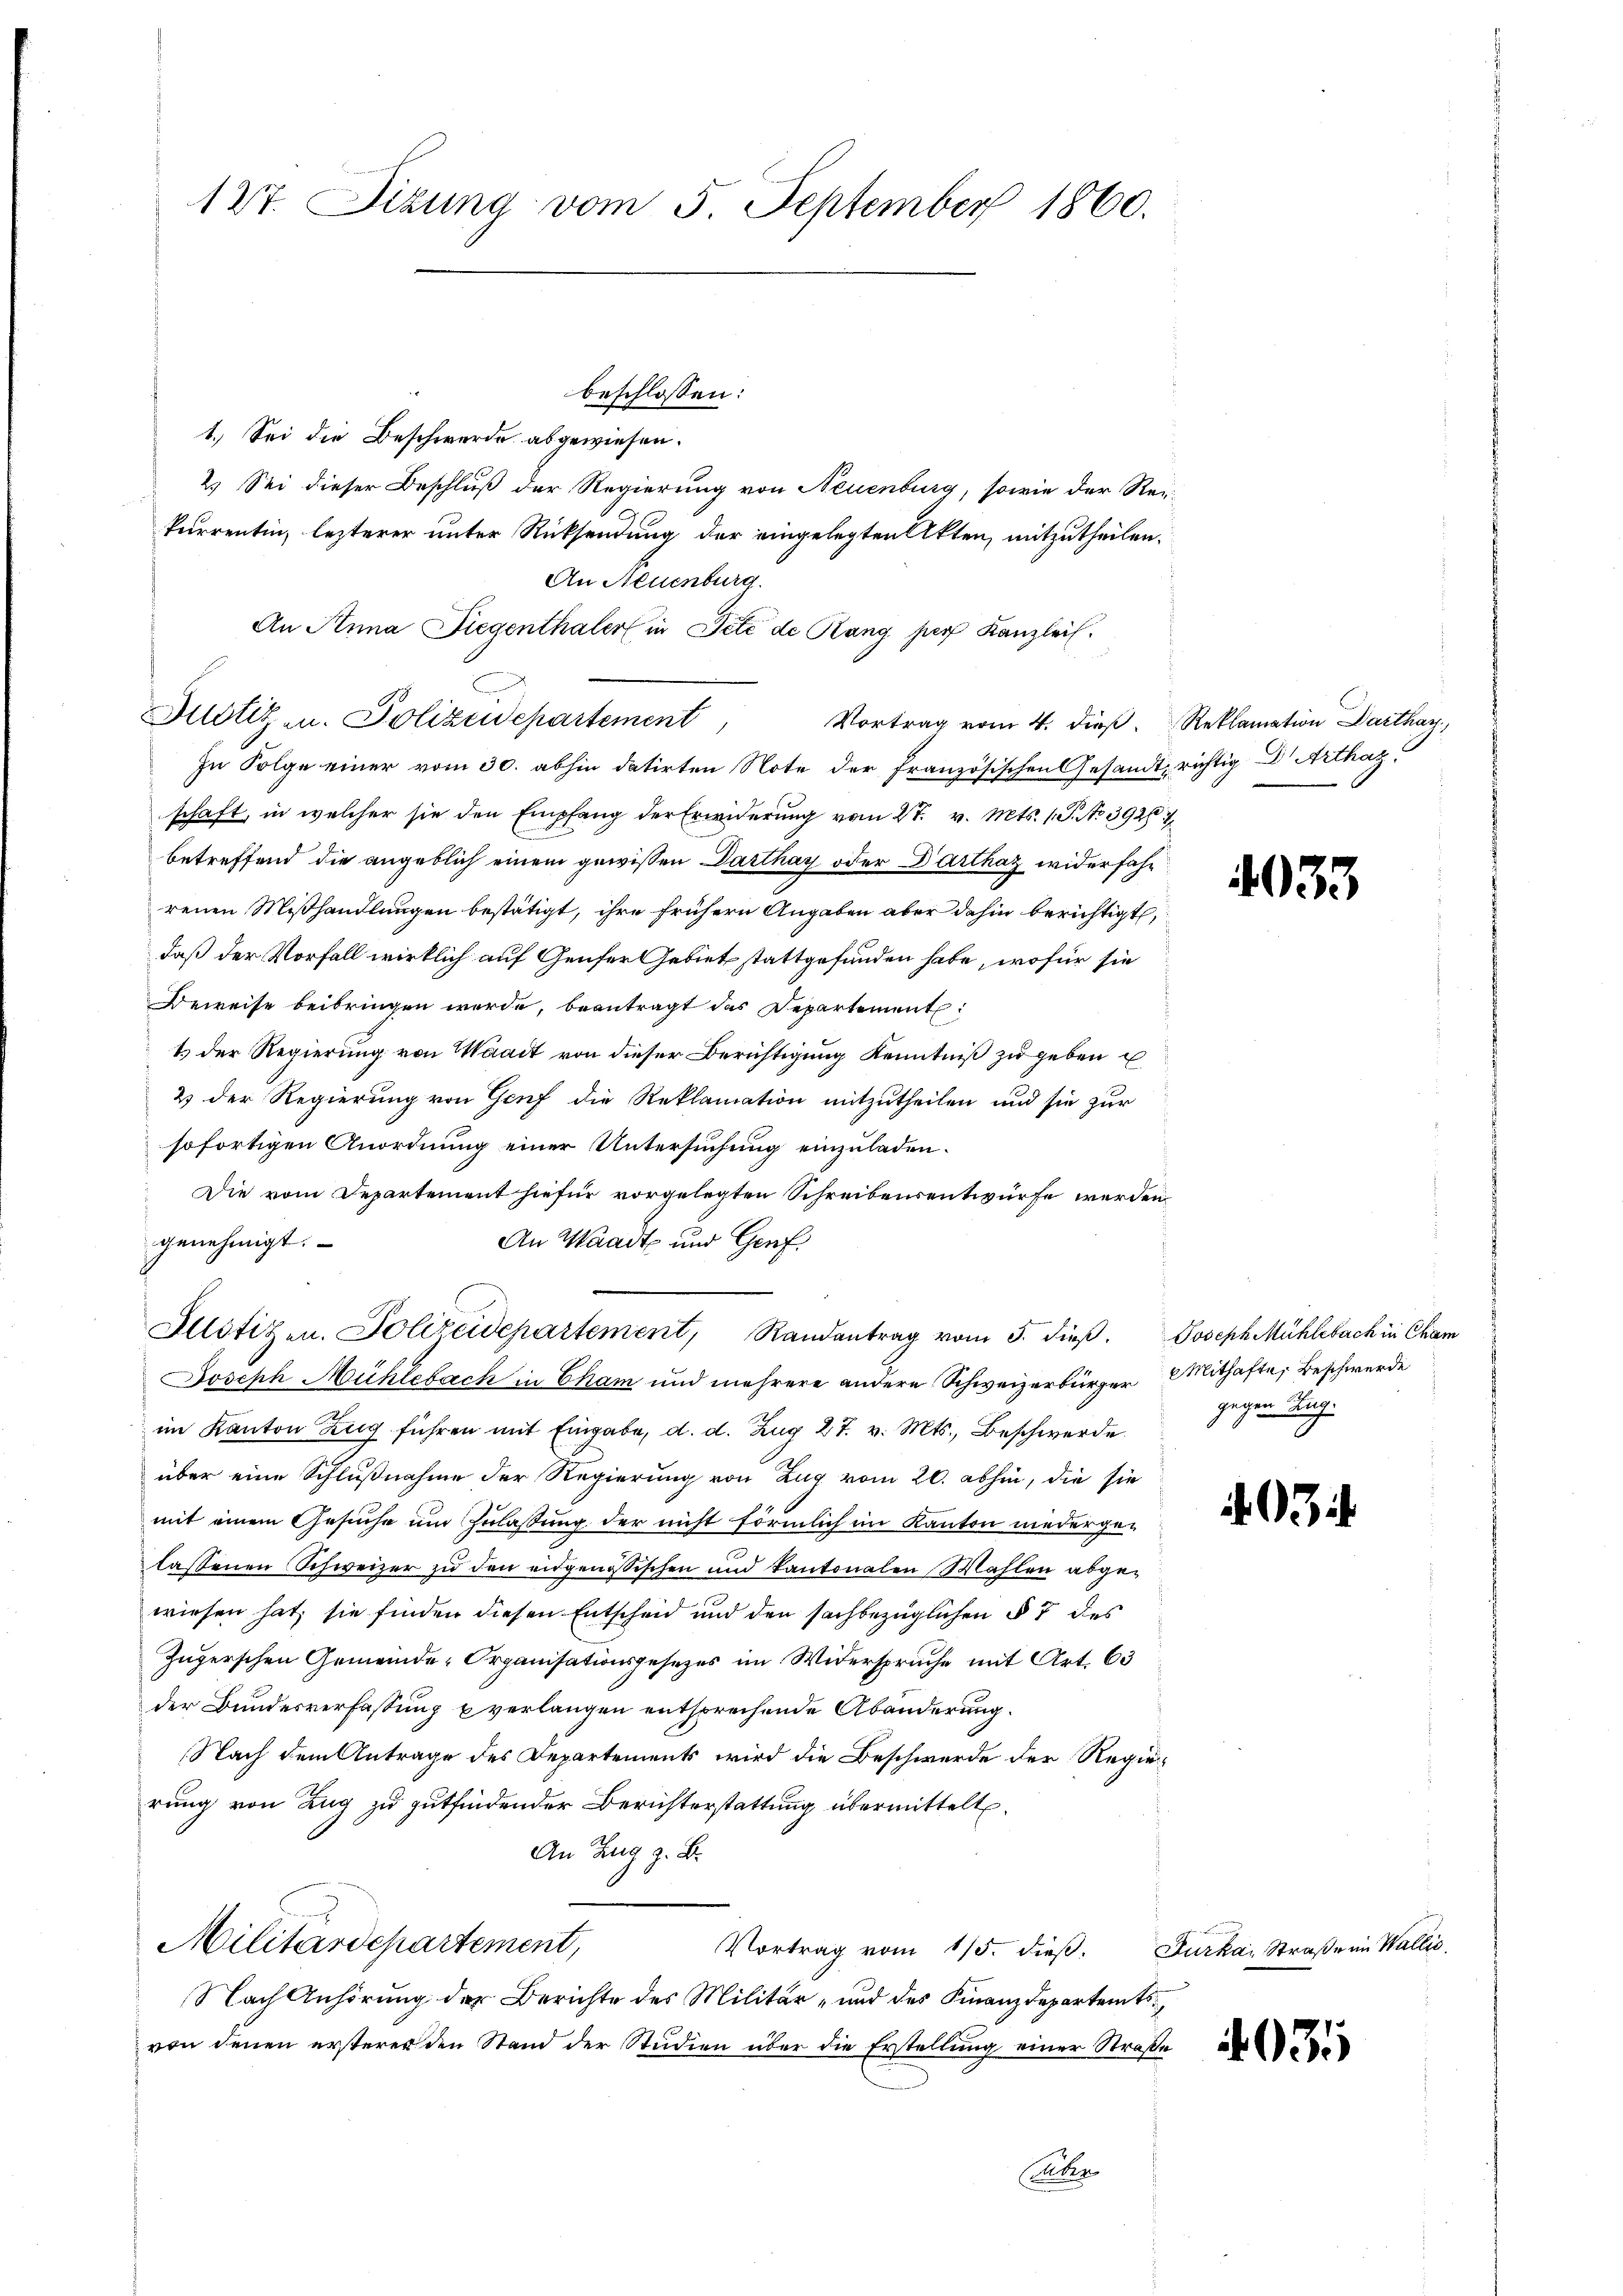
127. Sizung vom 5. September 1860.

1.) Sei die Beschwerde abgewiesen.
2.) Sei dieser Beschluß der Regierung von Neuenburg, sowie der Reikurrentin, lezterer unter Rücksendung der eingelegten Akten, mitzutheilen.
An Neuenburg.
An Anna Liegenthaler in Tité de Rang per Kanzlei.
Justiz u. Polizeidepartement
Vortrag vom 4. dieß Reklamation Darthay
In Folge einer vom 30. abhin datirten Note der französischen Gesandt, richtig u Arthag
schaft, in welcher sie den Empfang der Erwiderung vom 27. v. Mts. 1 S. No 3928
betreffend die angeblich einem gewissen Darthay oder Darthaz widerfahr
renen Mißhandlungen bestätigt, ihre frühern Angaben aber dahin berichtigt,
daß der Vorfall wirklich auf Genfer Gebiet stattgefunden habe, wofür sie
Beweise beibringen werde, beantragt das Departement:
1.) Der Regierung von Waadt von dieser Berichtigung Kenntniß zu geben u
2 der Regierung von Genf die Reklamation mitzutheilen und sie zur
sofortigen Anordnung einer Untersuchung einzuladen.
Die vom Departement hiefür vorgelegten Schreibensentwürfe werden
genehmigt.
An Waadt und Genf.
Allotizen. Polizeidepartement, Randantrag vom 5. dieβ. Joseph Mühlebach in Cham
Joseph Mühlebach in Cham und mehrere andere Schweizerbürger Mithafte, Beschwerde
im Kanton Zug führen mit Eingabe, d. d. Zug 27. v. Mts., Beschwerde.
über eine Schlußnahme der Regierung von Zug vom 20. abhin, die sie
mit einem Gesuche um Zulassung der nicht förmlich im Kanton niedergelassenen Schweizer zu den eidgenössischen und kantonalen Wahlen abgewiesen hat, sie finden diesen Entscheid und den sachbezüglichen § 7 des
Zugerschen Gemeinde-Organisationsgesezes im Widerspruche mit Art. 63
der Bundesverfassung u verlangen entsprechende Abänderung.
Nach dem Antrage des Departements wird die Beschwerde der Regierung von Zug zu gutfindender Berichterstattung übermittelt.
An Zug z. B.
Militärdepartement,
Vortrag vom 15. dieβ.
Nach Anhörung der Berichte des Militär- und des Finanzdepartemtsvon denen ersterer den Stand der Studien über die Erstellung einer Straße
Colcken

beschlossen:

4033

gegen Aug.

3

Furka Straße im Wallis.

4035